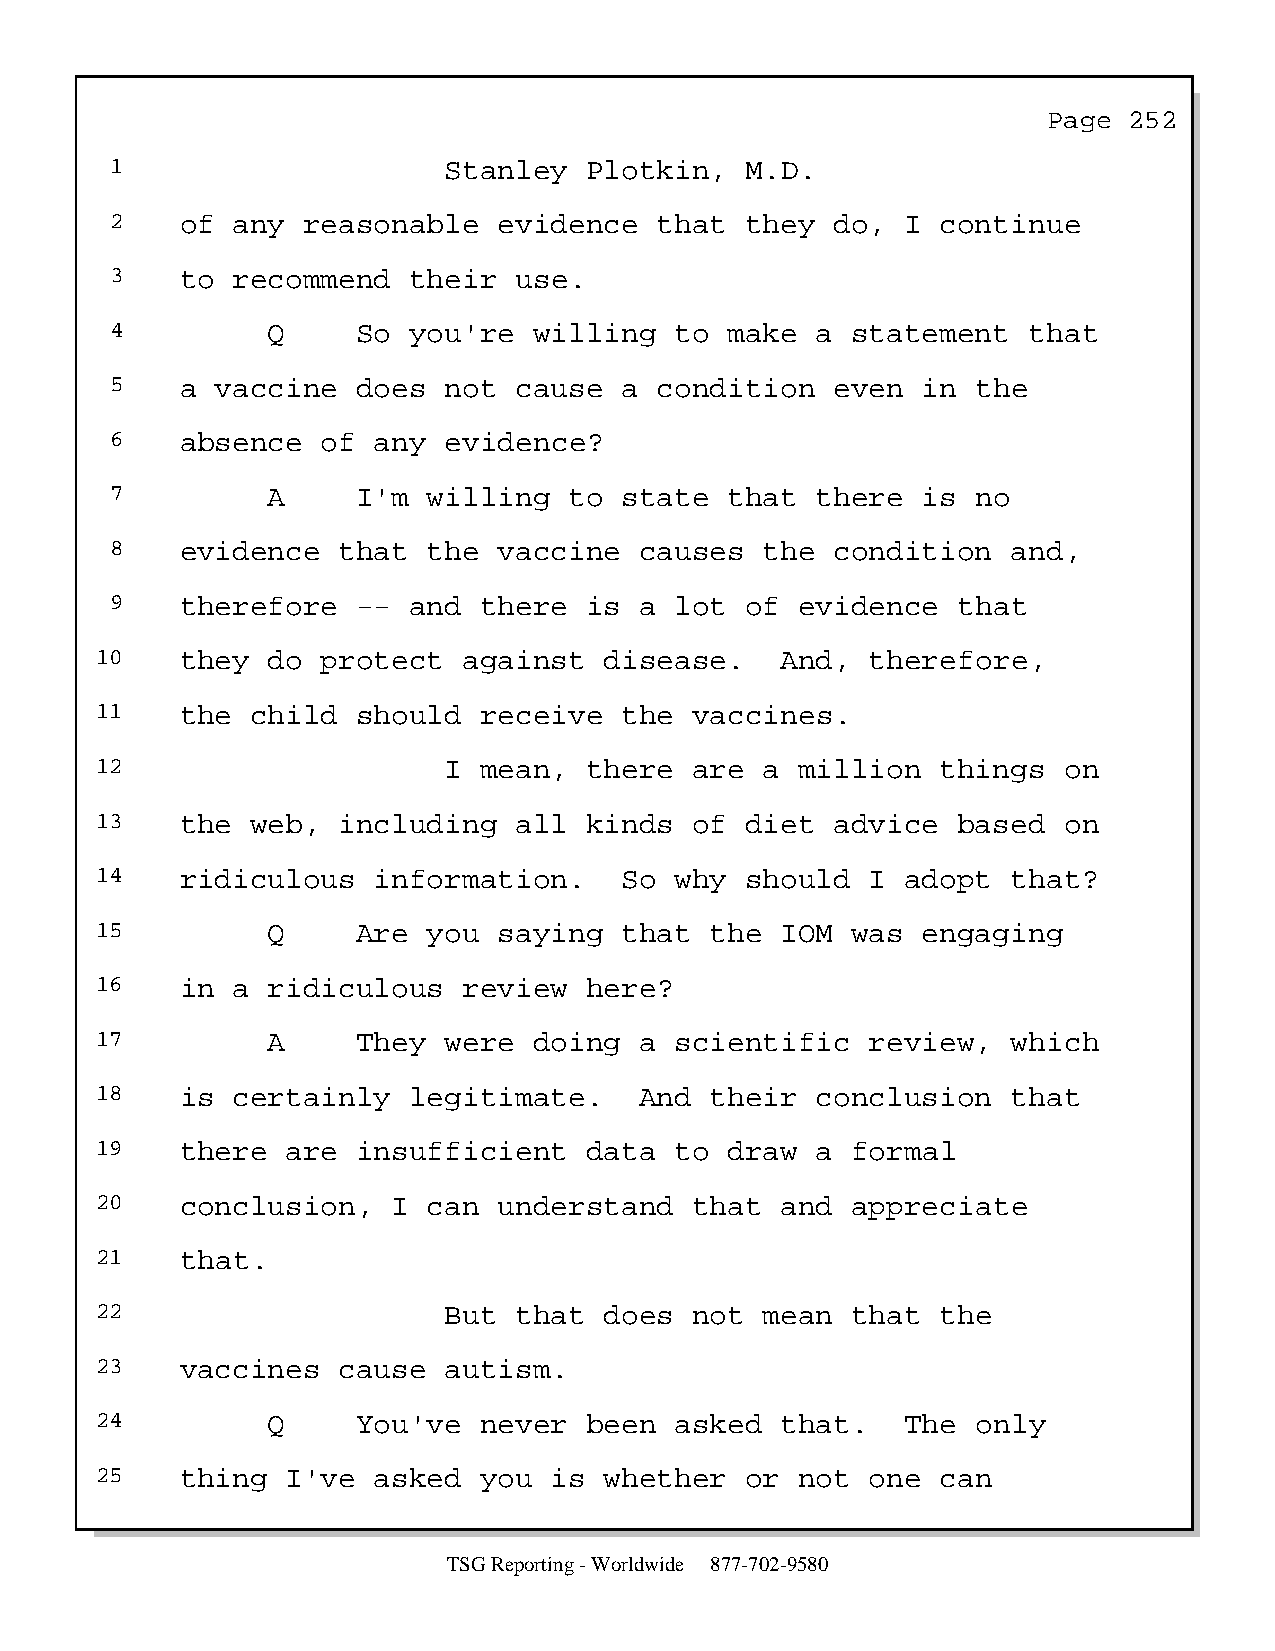
Page  252
 1                     Stanley   Plotkin,  M.D.
 2    of any  reasonable   evidence   that they  do,  I continue
 3    to recommend   their  use.
 4          Q     So you're  willing   to make  a statement   that
 5    a vaccine   does not  cause  a  condition  even  in  the
 6    absence  of  any evidence?
 7          A     I'm willing   to state  that  there  is  no
 8    evidence  that  the  vaccine  causes   the condition   and,
 9    therefore   -- and  there  is a  lot of  evidence  that
 10    they  do protect   against  disease.    And,  therefore,
 11    the  child  should  receive  the  vaccines.
 12                     I  mean,  there  are  a million  things  on
 13    the  web, including   all  kinds  of diet  advice  based  on
 14    ridiculous   information.    So  why should   I adopt  that?
 15          Q     Are you  saying  that  the  IOM was  engaging
 16    in a  ridiculous   review  here?
 17          A     They were  doing  a  scientific   review,  which
 18    is certainly   legitimate.    And  their  conclusion   that
 19    there  are  insufficient   data  to draw  a formal
 20    conclusion,   I can  understand   that  and appreciate
 21    that.
 22                     But  that  does  not  mean that  the
 23    vaccines  cause  autism.
 24          Q     You've  never  been  asked  that.   The  only
 25    thing  I've  asked  you is  whether  or  not  one can
 TSG Reporting - Worldwide 877-702-9580